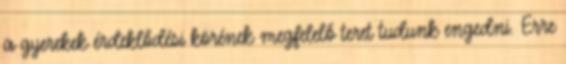
a gyerekek érdeklődési körének megfelelő teret tudunk engedni. Erre